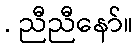
. ညီညီနော်။